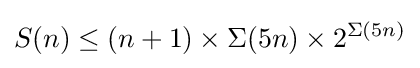
S(n)\leq (n+1)\times \Sigma (5n)\times 2^{\Sigma (5n)}